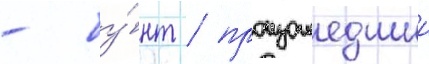
- бу́нт / произошедшии